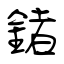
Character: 鍺